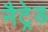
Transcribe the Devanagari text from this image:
नैट्रेड